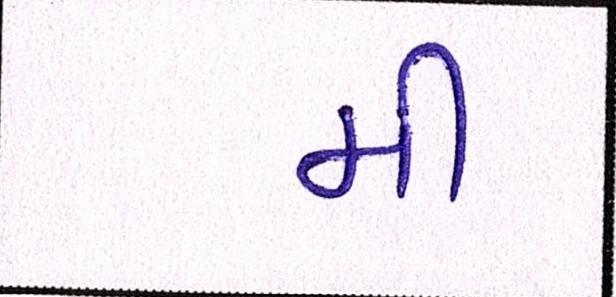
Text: મી